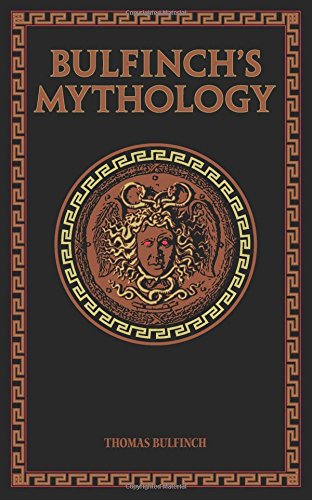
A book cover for Bulfinch's Mythology (Leather-bound Classics); Thomas Bulfinch; Literature & Fiction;